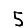
Digit: 5